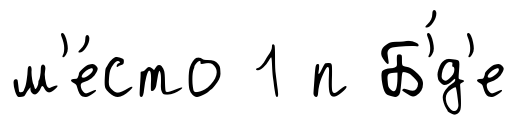
м'е́сто 1 п Б'́д'е